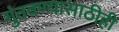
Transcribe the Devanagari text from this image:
गुंतवण्‍यासाठीही